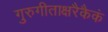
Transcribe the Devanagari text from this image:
गुरुगीताक्षरैकैकं